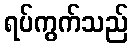
ရပ်ကွက်သည်